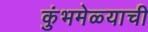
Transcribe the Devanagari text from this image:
कुंभमेळ्याची